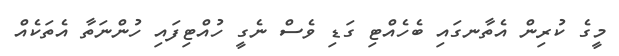
މީގެ ކުރިން އެތާނގައި ބެހެއްޓި ގަޑި ވެސް ނެގީ ހުއްޓިފަައި ހުންނަތާ އެތަކެއް